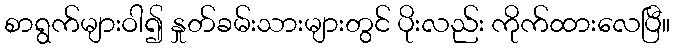
စာရွက်များဝါ၍ နှုတ်ခမ်းသားများတွင် ပိုးလည်း ကိုက်ထားလေပြီ။